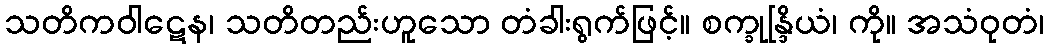
သတိကဝါဋေန၊ သတိတည်းဟူသော တံခါးရွက်ဖြင့်။ စက္ခုန္ဒြိယံ၊ ကို။ အသံဝုတံ၊